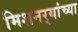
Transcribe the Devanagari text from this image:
मिशनर्‍यांच्या